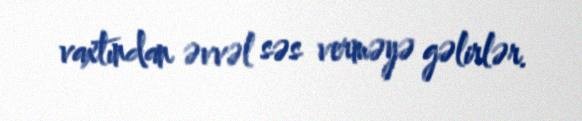
vaxtından əvvəl səs verməyə gəlirlər.